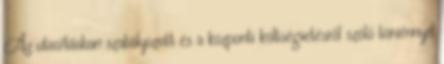
Az utasításban szabályozott és a központi költségvetésről szóló törvénnyel